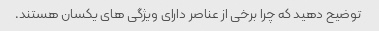
توضیح دهید که چرا برخی از عناصر دارای ویژگی های یکسان هستند.